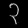
Digit: ၃